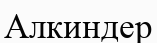
Алкиндер